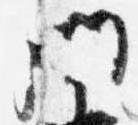
門